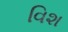
વિશ